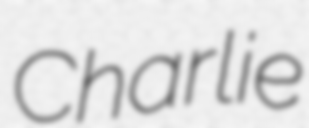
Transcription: Charlie